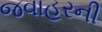
જવાહરની